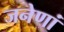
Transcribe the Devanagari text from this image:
जनेणां